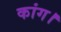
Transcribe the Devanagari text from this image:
कांग।